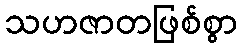
သဟဇာတဖြစ်စွာ